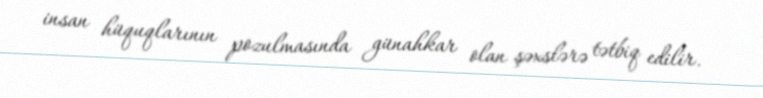
insan hüquqlarının pozulmasında günahkar olan şəxslərə tətbiq edilir.